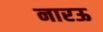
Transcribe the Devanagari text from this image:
नारऊ